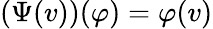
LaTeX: (\Psi(v))(\varphi)=\varphi(v)